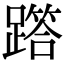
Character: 𨅞